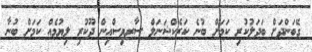
ގޭބަންދަށް ބަދަލުކުރި ކަމަށް ބުނެ ކަރެކްޝަނަލް ސާރވިސްއިން ދޫކުރި ލިޔުމެއް ކަމަށް ބުނާ